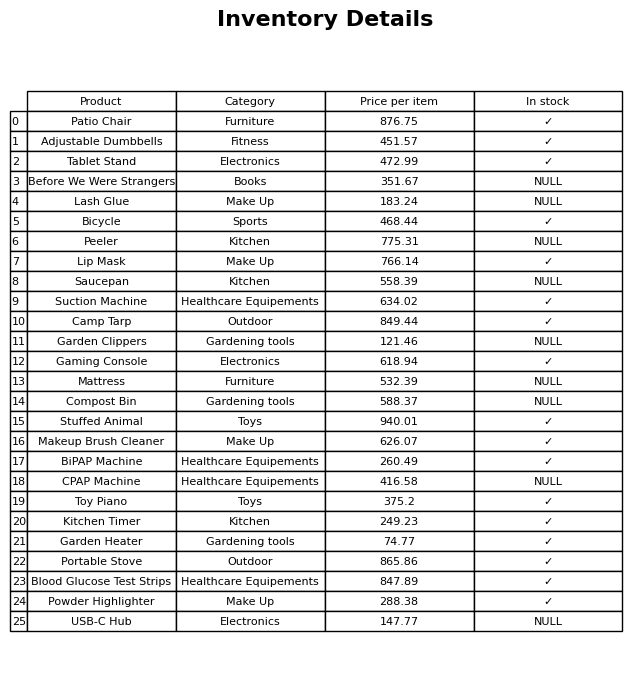
question: What is the price for BiPAP Machine?
answer: The price of BiPAP Machine is 260.49.